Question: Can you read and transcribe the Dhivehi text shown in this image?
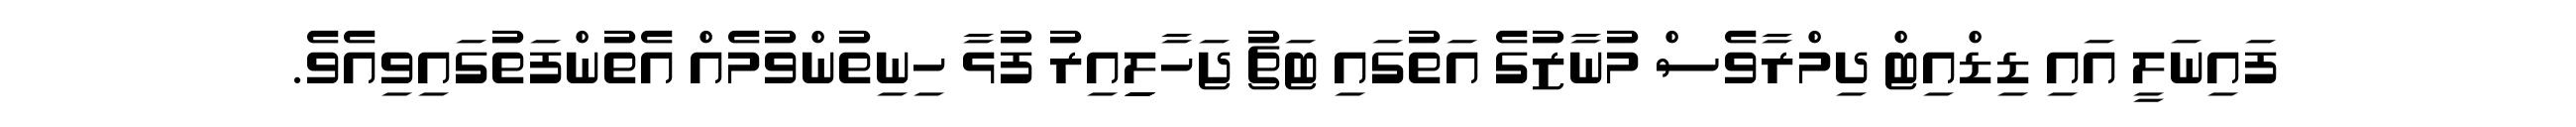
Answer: ފައިނަލީ އައި ޑިޑްއިޓް ދިމްރާވެސް މުނާޒުގެ އަތުގައި ޓަޗު ޖަހާލިިިިއިރު ފުޅާ ހިނިތުންވުމެއް އެތުންފަތުގައިވިއެވެ.